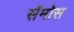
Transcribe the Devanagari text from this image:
सॅमोस